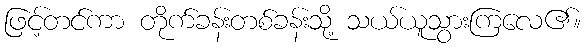
ဖြင့်တင်ကာ တိုက်ခန်းတစ်ခန်းသို့ သယ်ယူသွားကြလေ၏။